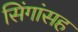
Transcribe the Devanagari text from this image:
सिंगांसह